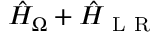
\hat { H } _ { \Omega } + \hat { H } _ { \mathrm { ~ L ~ R ~ } }